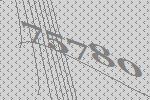
75780